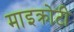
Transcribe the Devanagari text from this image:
माइक्रोटी